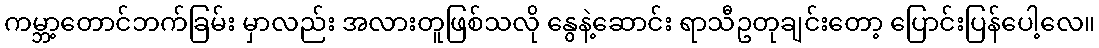
ကမ္ဘာ့တောင်ဘက်ခြမ်း မှာလည်း အလားတူဖြစ်သလို နွေနဲ့ဆောင်း ရာသီဥတုချင်းတော့ ပြောင်းပြန်ပေါ့လေ။